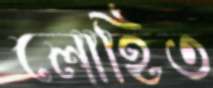
লোহিত